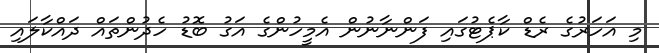
މި އަހަރުގެ ރެޑް ކާޕެޓުގައި ފަންނާނުން އެމީހުންގެ އަގު ބޮޑު ހެދުންތައް ދައްކާލައި